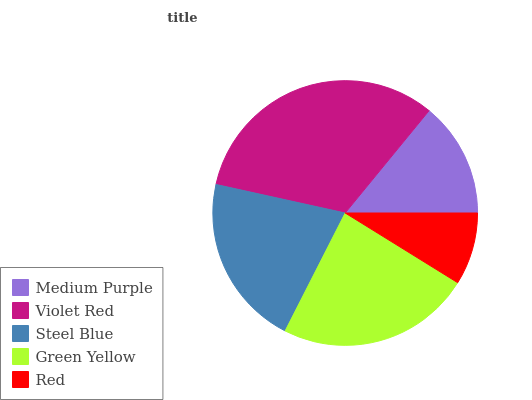
| Medium Purple | Violet Red | Steel Blue | Green Yellow | Red |
 | --- | --- | --- | --- | --- |
 | 14.1% | 32.4% | 21% | 23.7% | 8.82% |